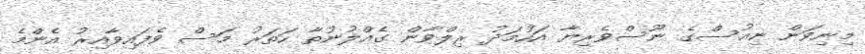
މިނިވަން ނިއުސްގެ ނޫސްވެރިޔާ އަހުމަދު ރިލްވާން ގެއްލުނުތާ ހަތަރު މަސް ވެފައިވާއިރު އެންމެ